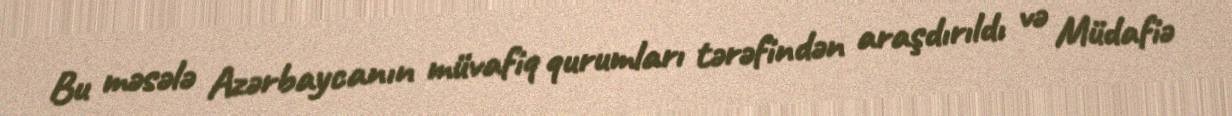
Bu məsələ Azərbaycanın müvafiq qurumları tərəfindən araşdırıldı və Müdafiə